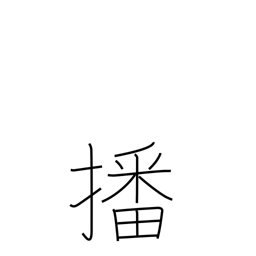
Meaning: sow